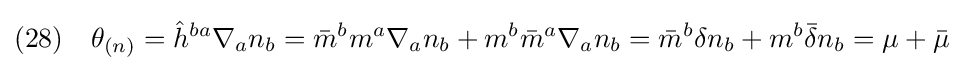
(28)\quad \theta _{(n)}={\hat {h}}^{ba}\nabla _{a}n_{b}={\bar {m}}^{b}m^{a}\nabla _{a}n_{b}+m^{b}{\bar {m}}^{a}\nabla _{a}n_{b}={\bar {m}}^{b}\delta n_{b}+m^{b}{\bar {\delta }}n_{b}=\mu +{\bar {\mu }}